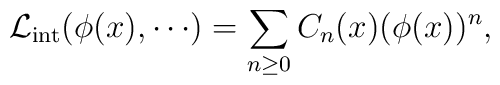
{\cal L}_{{\rm int}}(\phi(x),\cdots ) =\sum_{n\geq 0}C_n(x)(\phi(x))^n  ,